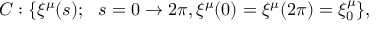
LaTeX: C : \{ \xi ^ { \mu } ( s ) ; \ \ s = 0 \rightarrow 2 \pi , \xi ^ { \mu } ( 0 ) = \xi ^ { \mu } ( 2 \pi ) = \xi _ { 0 } ^ { \mu } \} ,